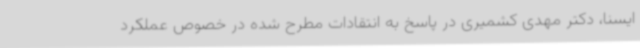
ایسنا، دکتر مهدی کشمیری در پاسخ به انتقادات مطرح شده در خصوص عملکرد